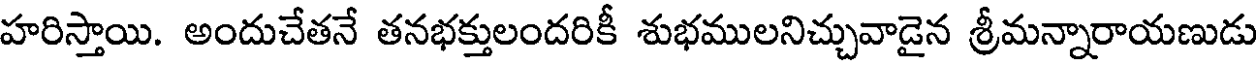
హరిస్తాయి. అందుచేతనే తనభక్తులందరికీ శుభములనిచ్చువాడైన శ్రీమన్నారాయణుడు